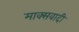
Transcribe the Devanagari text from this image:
माक्सवादी